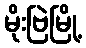
မိုးဗြဲမြို့